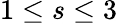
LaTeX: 1\le s\le 3